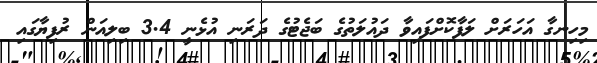
މިހިނގާ އަހަރަށް ލަފާކޮށްފައިވާ ދައުލަތުގެ ބަޖެޓުގެ ދަރަނި އުޅެނީ 3.4 ބިލިއަން ރުފިޔާގައި